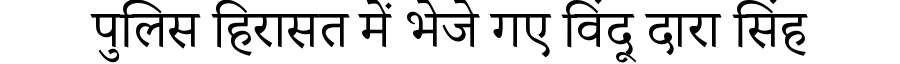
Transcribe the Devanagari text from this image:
पुलिस हिरासत में भेजे गए विंदू दारा सिंह